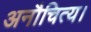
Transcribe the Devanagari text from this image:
अनौचित्य।